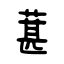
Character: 葚